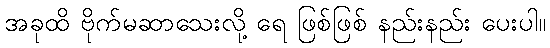
အခုထိ ဗိုက်မဆာသေးလို့ ရေ ဖြစ်ဖြစ် နည်းနည်း ပေးပါ။